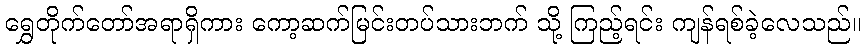
ရွှေတိုက်တော်အရာရှိကား ကော့ဆက်မြင်းတပ်သားဘက် သို့ ကြည့်ရင်း ကျန်ရစ်ခဲ့လေသည်။